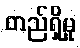
တည်ရှိမှု